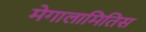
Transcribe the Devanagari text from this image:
मेगालामितिस